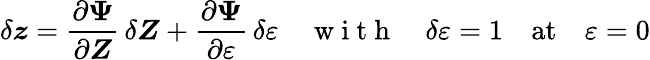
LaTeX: \delta\boldsymbol z=\frac{\partial\mathbf\Psi}{\partial\boldsymbol Z}\, \delta\boldsymbol Z+\frac{\partial\mathbf\Psi}{\partial\varepsilon}\, \delta\varepsilon\quad\mathrm{~w~i~t~h~}\quad\delta\varepsilon=1\quad\mathrm{at}\quad\varepsilon=0